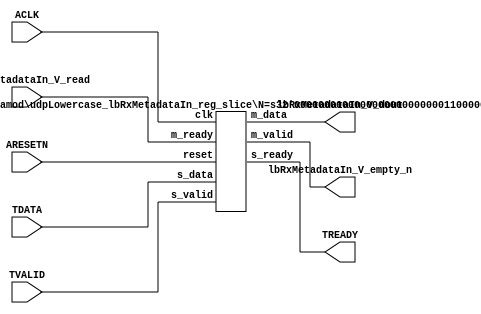
// ==============================================================
// File generated by Vivado(TM) HLS - High-Level Synthesis from C, C++ and SystemC
// Version: 2016.3
// Copyright (C) 1986-2016 Xilinx, Inc. All Rights Reserved.
// 
// ==============================================================


`timescale 1ns/1ps

module udpLowercase_lbRxMetadataIn_if (
    // AXI4-Stream singals
    input  wire        ACLK,
    input  wire        ARESETN,
    input  wire        TVALID,
    output wire        TREADY,
    input  wire [95:0] TDATA,
    // User signals
    output wire [95:0] lbRxMetadataIn_V_dout,
    output wire        lbRxMetadataIn_V_empty_n,
    input  wire        lbRxMetadataIn_V_read
);
//------------------------Local signal-------------------
// register slice
wire [0:0]  s_valid;
wire [0:0]  s_ready;
wire [95:0] s_data;
wire [0:0]  m_valid;
wire [0:0]  m_ready;
wire [95:0] m_data;

//------------------------Instantiation------------------
// rs
udpLowercase_lbRxMetadataIn_reg_slice #(
    .N       ( 96 )
) rs (
    .clk     ( ACLK ),
    .reset   ( ARESETN ),
    .s_data  ( s_data ),
    .s_valid ( s_valid ),
    .s_ready ( s_ready ),
    .m_data  ( m_data ),
    .m_valid ( m_valid ),
    .m_ready ( m_ready )
);

//------------------------Body---------------------------
// AXI4-Stream
assign TREADY                   = s_ready;
// Register Slice
assign s_valid                  = TVALID;
assign m_ready                  = lbRxMetadataIn_V_read;
assign s_data[95:0]             = TDATA[95:0];
// User Signal
assign lbRxMetadataIn_V_empty_n = m_valid;
assign lbRxMetadataIn_V_dout    = m_data;

endmodule



`timescale 1ns/1ps

module udpLowercase_lbRxMetadataIn_reg_slice
#(parameter
    N = 8   // data width
) (
    // system signals
    input  wire         clk,
    input  wire         reset,
    // slave side
    input  wire [N-1:0] s_data,
    input  wire         s_valid,
    output wire         s_ready,
    // master side
    output wire [N-1:0] m_data,
    output wire         m_valid,
    input  wire         m_ready
);
//------------------------Parameter----------------------
// state
localparam [1:0]
    ZERO = 2'b10,
    ONE  = 2'b11,
    TWO  = 2'b01;
//------------------------Local signal-------------------
reg  [N-1:0] data_p1;
reg  [N-1:0] data_p2;
wire         load_p1;
wire         load_p2;
wire         load_p1_from_p2;
reg          s_ready_t;
reg  [1:0]   state;
reg  [1:0]   next;
//------------------------Body---------------------------
assign s_ready = s_ready_t;
assign m_data  = data_p1;
assign m_valid = state[0];

assign load_p1 = (state == ZERO && s_valid) ||
                 (state == ONE && s_valid && m_ready) ||
                 (state == TWO && m_ready);
assign load_p2 = s_valid & s_ready;
assign load_p1_from_p2 = (state == TWO);

// data_p1
always @(posedge clk) begin
    if (load_p1) begin
        if (load_p1_from_p2)
            data_p1 <= data_p2;
        else
            data_p1 <= s_data;
    end
end

// data_p2
always @(posedge clk) begin
    if (load_p2) data_p2 <= s_data;
end

// s_ready_t
always @(posedge clk) begin
    if (~reset)
        s_ready_t <= 1'b0;
    else if (state == ZERO)
        s_ready_t <= 1'b1;
    else if (state == ONE && next == TWO)
        s_ready_t <= 1'b0;
    else if (state == TWO && next == ONE)
        s_ready_t <= 1'b1;
end

// state
always @(posedge clk) begin
    if (~reset)
        state <= ZERO;
    else
        state <= next;
end

// next
always @(*) begin
    case (state)
        ZERO:
            if (s_valid & s_ready)
                next = ONE;
            else
                next = ZERO;
        ONE:
            if (~s_valid & m_ready)
                next = ZERO;
            else if (s_valid & ~m_ready)
                next = TWO;
            else
                next = ONE;
        TWO:
            if (m_ready)
                next = ONE;
            else
                next = TWO;
        default:
            next = ZERO;
    endcase
end

endmodule